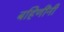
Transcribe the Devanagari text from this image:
बहिणींनी